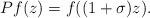
LaTeX: \begin{align*}Pf(z)=f((1+\sigma)z).\end{align*}